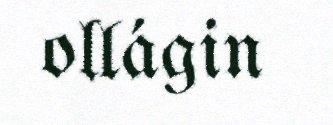
ollágin